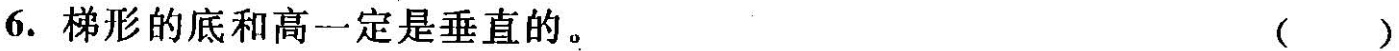
6.梯形的底和高一定是垂直的。()